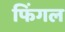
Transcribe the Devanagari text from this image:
फिंगल